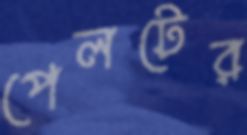
পেলটের